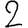
Digit: 2